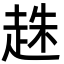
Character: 趎